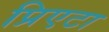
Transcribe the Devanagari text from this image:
प्रिएटा